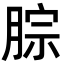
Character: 腙